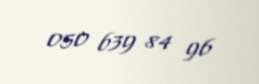
050 639 84 96